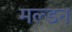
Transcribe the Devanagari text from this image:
मल्‍डन